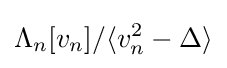
\Lambda _{n}[v_{n}]/\langle v_{n}^{2}-\Delta \rangle